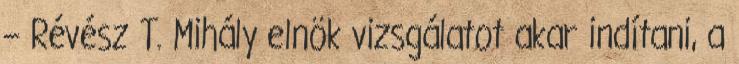
– Révész T. Mihály elnök vizsgálatot a­kar indítani, a